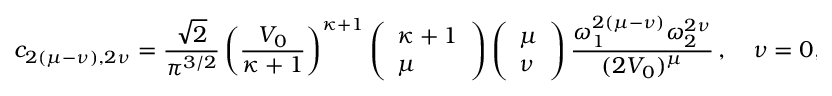
c _ { 2 ( \mu - \nu ) , 2 \nu } = \frac { \sqrt { 2 } } { \pi ^ { 3 / 2 } } \left( \frac { V _ { 0 } } { \kappa + 1 } \right) ^ { \kappa + 1 } \left( \begin{array} { l } { \kappa + 1 } \\ { \mu } \end{array} \right) \left( \begin{array} { l } { \mu } \\ { \nu } \end{array} \right) \frac { \omega _ { 1 } ^ { 2 ( \mu - \nu ) } \omega _ { 2 } ^ { 2 \nu } } { ( 2 V _ { 0 } ) ^ { \mu } } \, , \quad \nu = 0 , . . . , \mu \, .